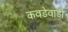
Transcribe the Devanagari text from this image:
कवडेवाडी